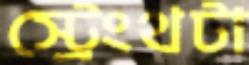
স্ট্রেংথটা